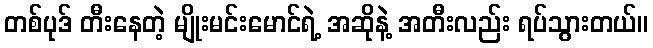
တစ်ပုဒ် တီးနေတဲ့ မျိုးမင်းမောင်ရဲ့ အဆိုနဲ့ အတီးလည်း ရပ်သွားတယ်။